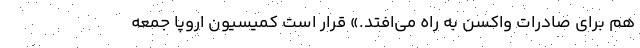
هم برای صادرات واکسن به راه می‌افتد.» قرار است کمیسیون اروپا جمعه